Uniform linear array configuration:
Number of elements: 64
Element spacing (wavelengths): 0.75
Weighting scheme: cosine
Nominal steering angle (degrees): -45
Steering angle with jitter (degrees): -43.15
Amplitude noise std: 0.05
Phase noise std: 0.05

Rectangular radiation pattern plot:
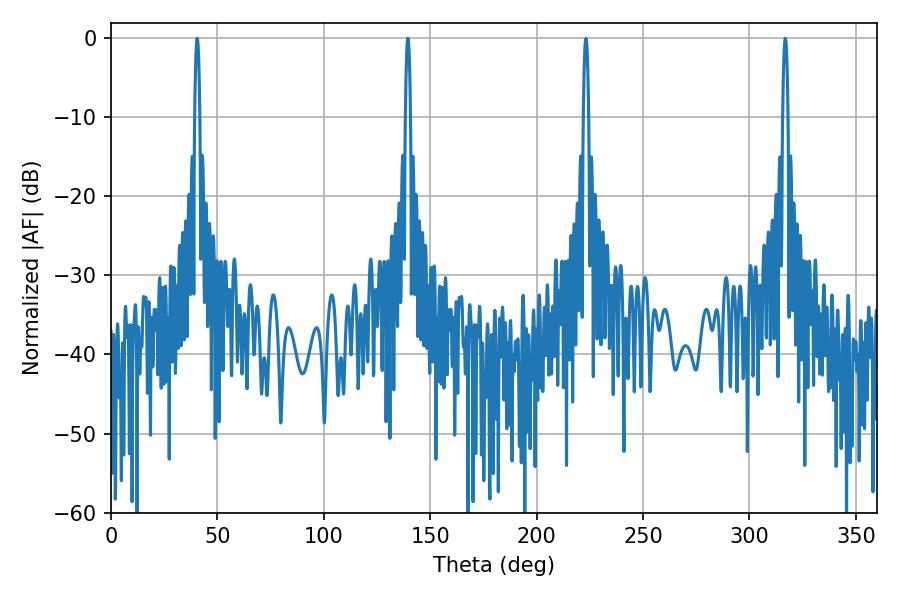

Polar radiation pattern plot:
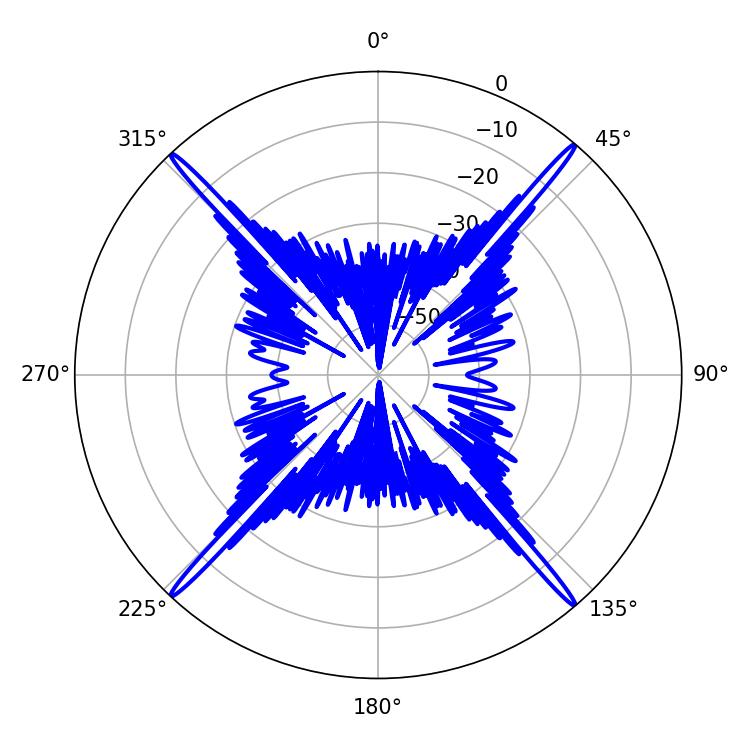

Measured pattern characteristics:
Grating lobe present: TRUE
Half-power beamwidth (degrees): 1.44
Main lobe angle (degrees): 40.5